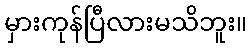
မှားကုန်ပြီလားမသိဘူး။